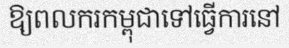
ឱ្យពលករកម្ពុជាទៅធ្វើការនៅ